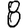
Digit: 8